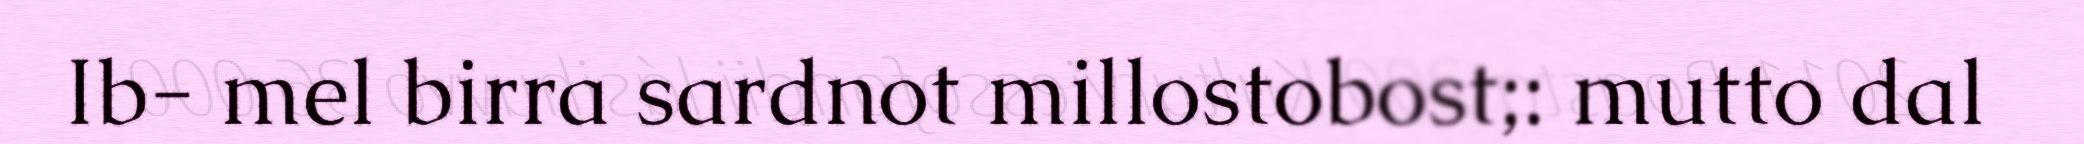
Ib- mel birra sardnot millostobost;: mutto dal